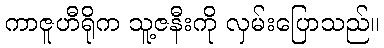
ကာဇူဟီရိုက သူ့ဇနီးကို လှမ်းပြောသည်။